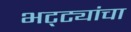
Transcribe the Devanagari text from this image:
भट्ट्यांचा